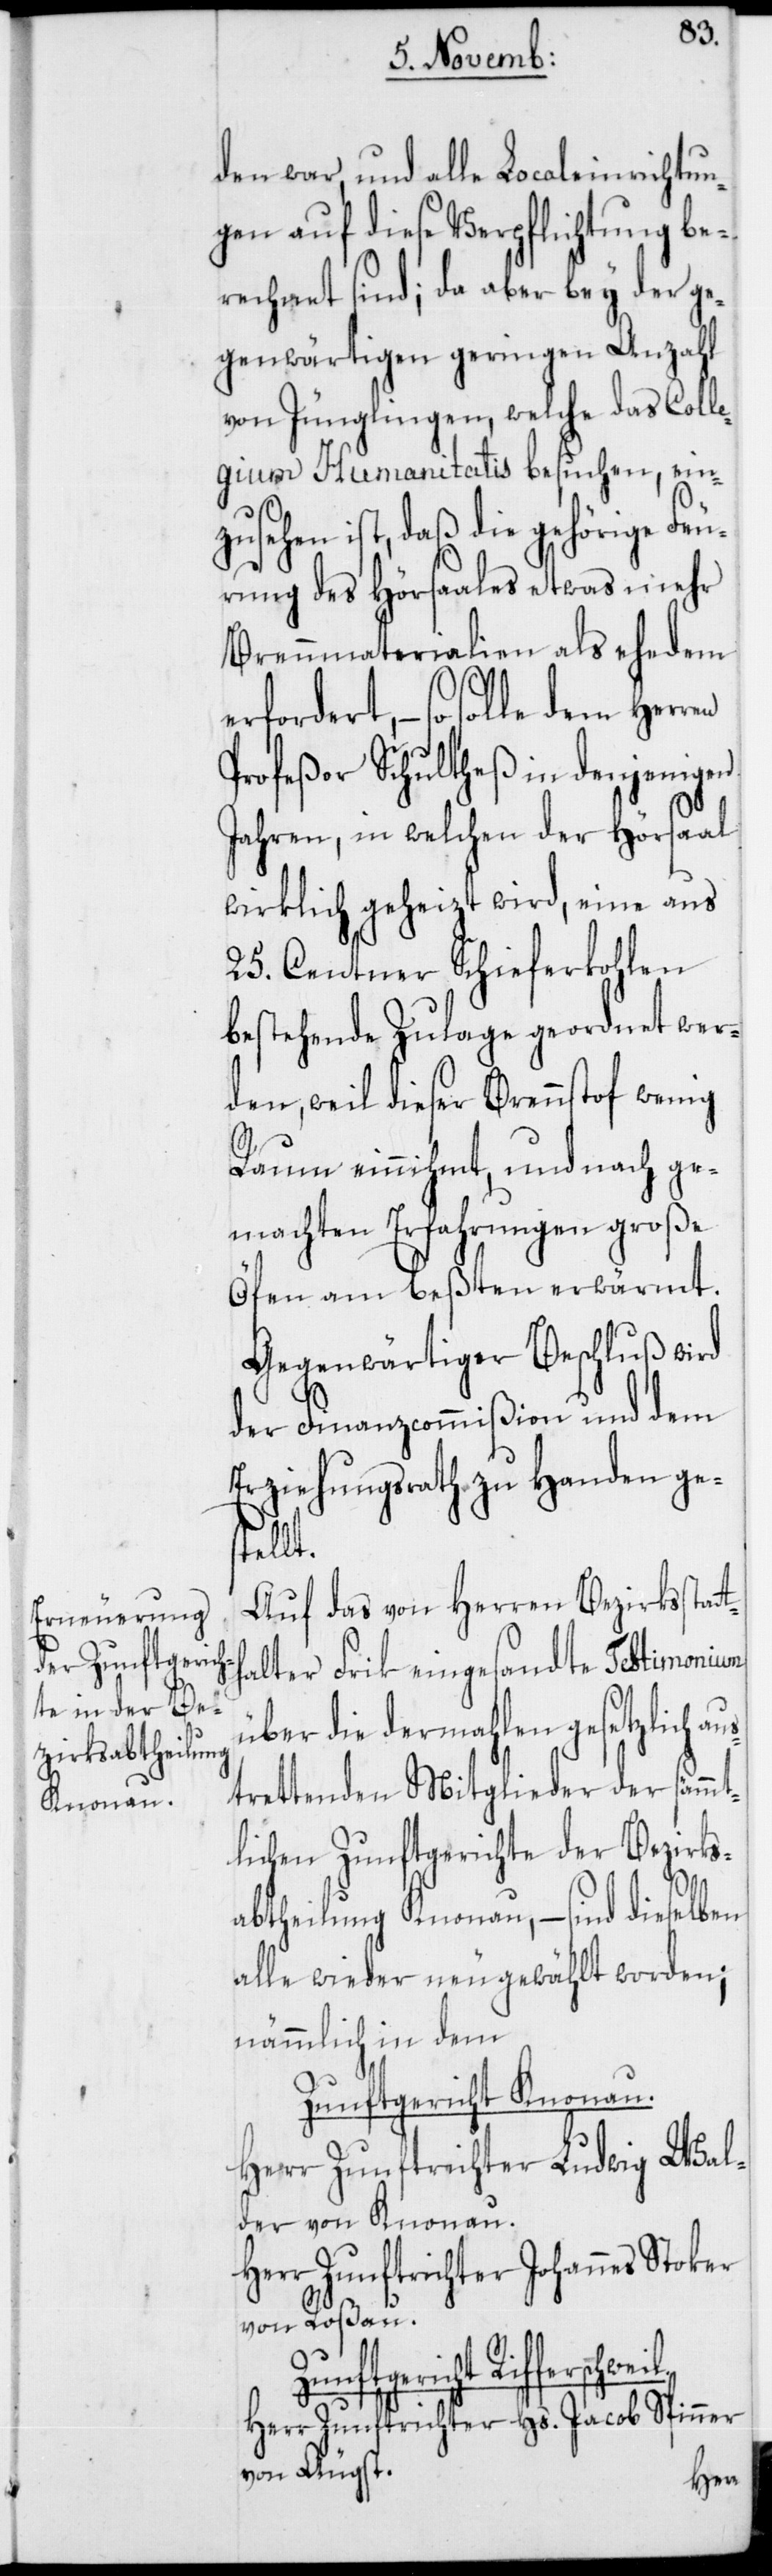
den war, und alle Localeinrichtun¬
gen auf diese Verpflichtung be¬
rechnet sind; da aber bey der ge¬
genwärtigen geringen Anzahl
von Jünglingen, welche das Colle¬
gium Humanitatis besuchen, einz¬
usehen ist, daß die gehörige Feu¬
rung des Hörsaales etwas mehr
Brennmaterialien als ehedem
ordert, – so solle dem Herren
Profeßor Schultheß in denjenigen
Jahren, in welchen der Hörsaal
wirklich geheizt wird, eine aus
25. Centner Schieferkohlen
bestehende Zulage geordnet wer¬
den, weil dieser Brennstof[f]
Raum einnihmt, und nach ge¬
machten Erfahrungen große
Öfen am besten erwärmt.
Gegenwärtiger Beschluß wird
der Finanzcommißion und dem
Erziehungsrath zu Handen ges¬
weil.
Auf das von Herren Bezirksstat¬
alter Frik eingesandte Testimonium
über die dermahlen gesetzlich
trettenden Mitglieder der sämmt¬
lichen Zunftgerichte der Bezirks¬
abtheilung Knonau, – sind dieselben
alle wieder neu gewählt worden;
nämmlich in dem
Zunftgericht Riffersch¬
Herr Zunftrichter Ludwig Wal¬
der von Knonau.
Herr Zunftrichter Johannes Stoker
von Roßau.
Herr Zunftrichter Hs. Jacob Spinner
von Äugst.